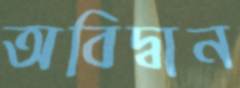
অবিদ্বান